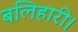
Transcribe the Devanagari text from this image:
बलिहारी।